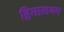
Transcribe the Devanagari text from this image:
हिमालयम